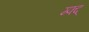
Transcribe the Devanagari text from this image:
म्फ्द्